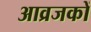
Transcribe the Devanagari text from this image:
आव्रजकों